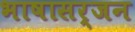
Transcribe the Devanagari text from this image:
भाषासर्जन